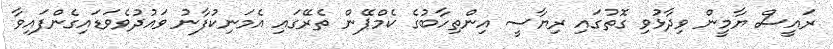
ރައީސް ޔާމީން ވިދާޅުވި ގޮތުގައި ރިޔާސީ އިންތިހާބުގެ ކެމްޕޭން ތެރޭގައި އެމަނިކުފާނު ވައުދުވެވަޑައިގެންފައިވާ